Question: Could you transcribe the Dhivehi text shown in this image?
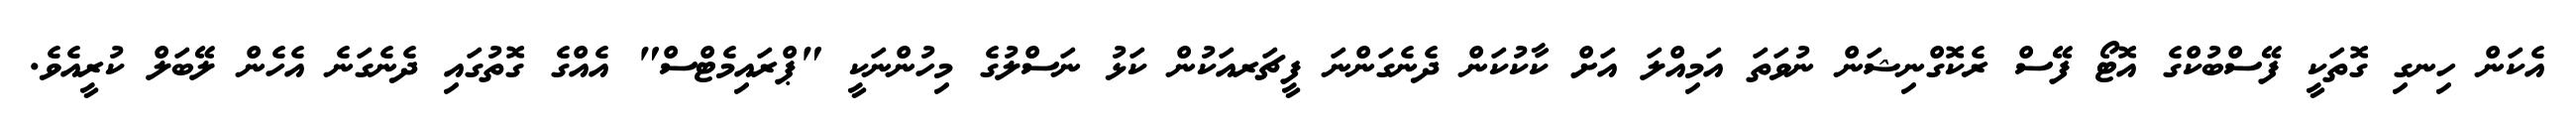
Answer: އެކަން ހިނގި ގޮތަކީ ފޭސްބުކްގެ އޮޓޯ ފޭސް ރެކޮގްނިޝަން ނުވަތަ އަމިއްލަ އަށް ކާކުކަން ދެނެގަންނަ ފީޗަރއަކުން ކަޅު ނަސްލުގެ މިހުންނަކީ "ޕްރައިމެޓްސް" އެއްގެ ގޮތުގައި ދެނެގަނެ އެހެން ލޭބަލް ކުރީއެވެ.